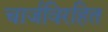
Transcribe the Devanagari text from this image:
चार्जविरहित